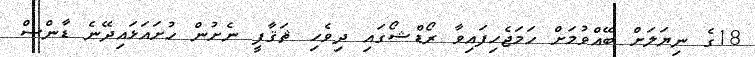
18ގެ ނިޔަލަށް ބޭއްވުމަށް ހަމަޖެހިފައިވާ ރޯޑްޝޯގައި ދިވެހި ޘަޤާފީ ނެށުން ހުށައަޅައިދޭނެ ޑާންސް